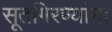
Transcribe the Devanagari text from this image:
सूतगिरण्यांना